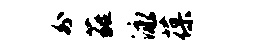
外蕤泳葆